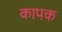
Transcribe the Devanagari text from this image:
कापक